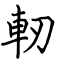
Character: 軔